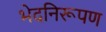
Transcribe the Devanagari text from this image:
भेदनिरूपण